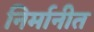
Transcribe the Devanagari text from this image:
निर्मानीत